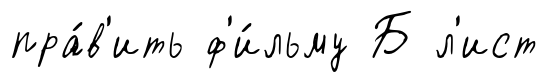
пра́в'ить ф'и́льму Б л'ист